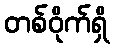
တစ်ဝိုက်ရှိ